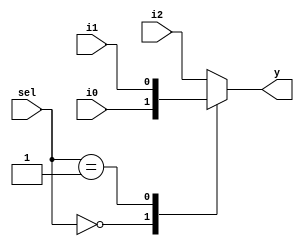


module comp_case (input i0 , input i1 , input i2 , input [1:0] sel, output reg y);
always @ (*)
begin
	case(sel)
		2'b00 : y = i0;
		2'b01 : y = i1;
		default : y = i2;
	endcase
end
endmodule